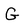
Character: G